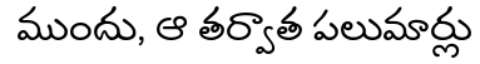
ముందు, ఆ తర్వాత పలుమార్లు